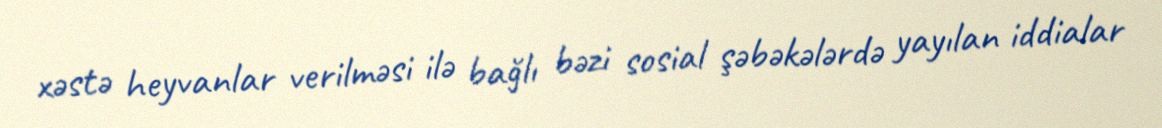
xəstə heyvanlar verilməsi ilə bağlı bəzi sosial şəbəkələrdə yayılan iddialar